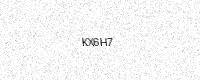
Text: KX6H7